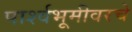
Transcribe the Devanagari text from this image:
पार्श्वभूमीवरचे